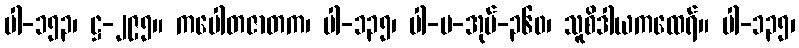
ပါ-၁၅၃၊ ဋ္ဌ-၂၉၅။ ကပေါတဇာတက၊ ပါ-၁၃၅၊ ပါ-ပ-အုပ်-၃၆၀၊ သူစိဒါယကထေရ်။ ပါ-၁၃၅၊